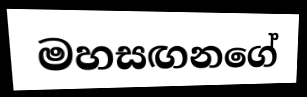
මහසඟනගේ